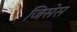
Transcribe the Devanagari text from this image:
जिसेस